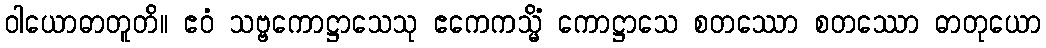
ဝါယောဓာတူတိ။ ဧဝံ သဗ္ဗကောဋ္ဌာသေသု ဧကေကသ္မိံ ကောဋ္ဌာသေ စတဿော စတဿော ဓာတုယော